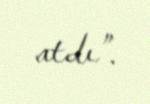
atdı”.